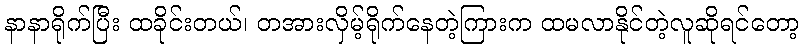
နာနာရိုက်ပြီး ထခိုင်းတယ်၊ တအားလှိမ့်ရိုက်နေတဲ့ကြားက ထမလာနိုင်တဲ့လူဆိုရင်တော့